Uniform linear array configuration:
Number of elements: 48
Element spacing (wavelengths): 1
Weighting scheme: blackman
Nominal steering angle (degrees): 45
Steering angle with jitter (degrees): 44.908
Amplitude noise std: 0.05
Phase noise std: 0.05

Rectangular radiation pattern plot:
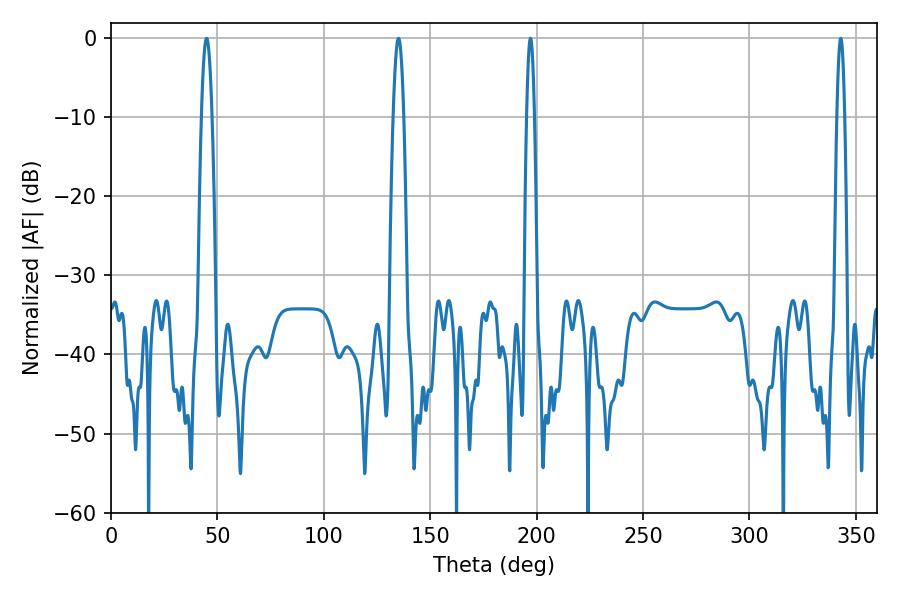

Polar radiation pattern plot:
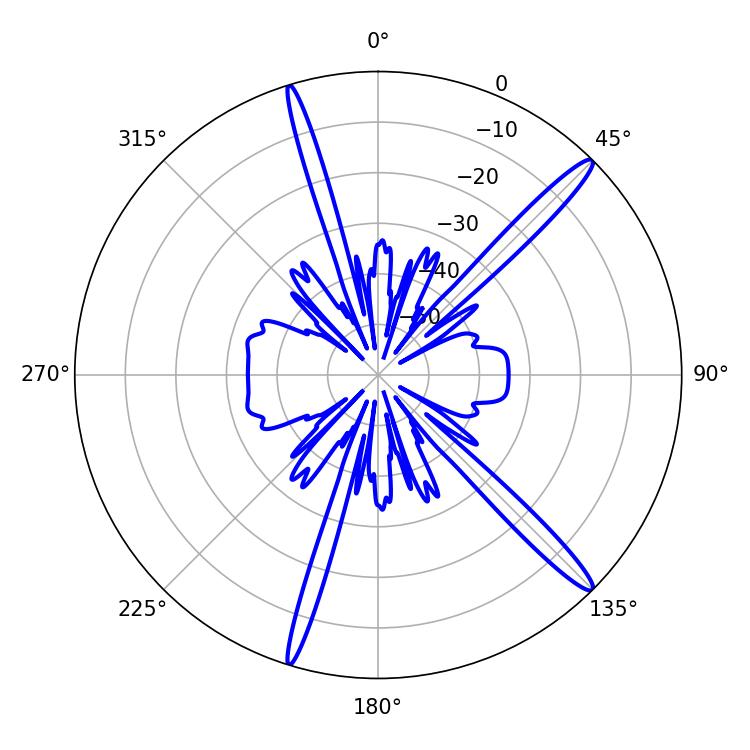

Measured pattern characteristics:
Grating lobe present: TRUE
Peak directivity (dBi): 15.95
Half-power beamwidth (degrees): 1.8
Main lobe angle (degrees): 197.1